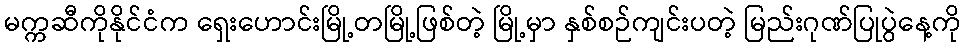
မက္ကဆီကိုနိုင်ငံက ရှေးဟောင်းမြို့တမြို့ဖြစ်တဲ့ မြို့မှာ နှစ်စဉ်ကျင်းပတဲ့ မြည်းဂုဏ်ပြုပွဲနေ့ကို